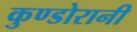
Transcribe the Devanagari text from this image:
कुण्‍डोरानी